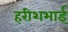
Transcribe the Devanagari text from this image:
हरीशभाई